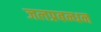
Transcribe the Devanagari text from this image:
जलप्रबन्धन